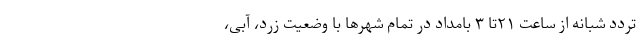
تردد شبانه از ساعت ۲۱تا ۳ بامداد در تمام شهرها با وضعیت زرد، آبی،